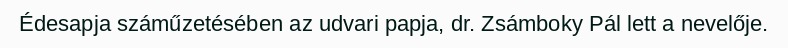
Édesapja száműzetésében az udvari papja, dr. Zsámboky Pál lett a nevelője.